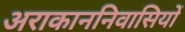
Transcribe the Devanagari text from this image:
अराकाननिवासियों